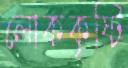
লোককৃষ্টি